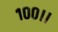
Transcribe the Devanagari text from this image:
१००।।